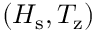
( H _ { \mathrm { s } } , T _ { \mathrm { z } } )